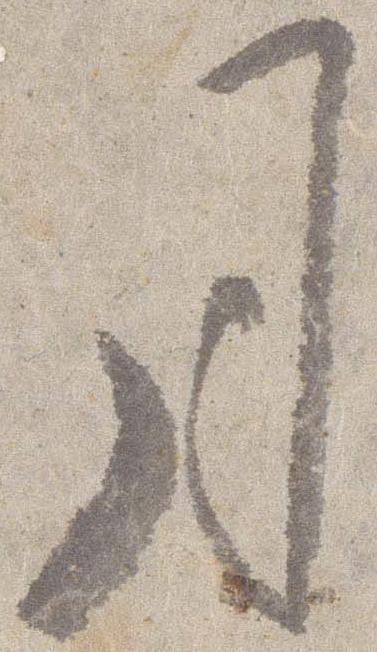
月